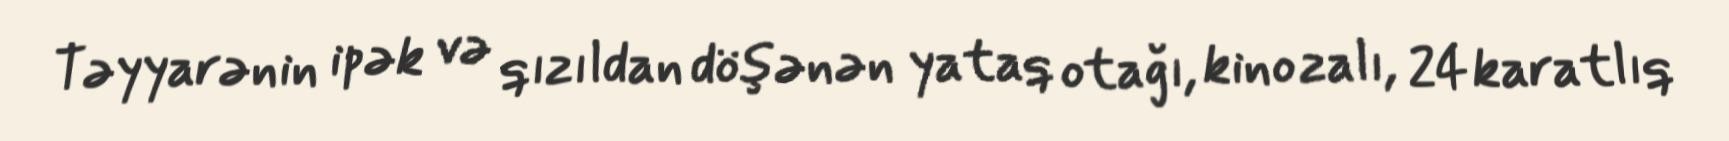
Təyyarənin ipək və qızıldan döşənən yataq otağı, kino zalı, 24 karatlıq